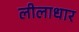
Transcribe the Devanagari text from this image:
लीलाधार